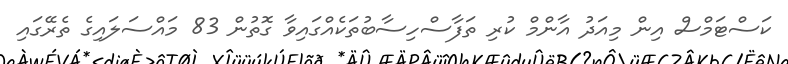
ކަސްޓަމްސް އިން މިއަދު އާންމް ކުރި ތަފާސްހިސާބުތަކެއްގައިވާ ގޮތުން 83 މައްސަލައިގެ ތެރޭގައި